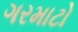
ગરમાટો